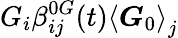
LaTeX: G_{i}\beta_{ij}^{0G}(t)\left\langle\boldsymbol{G}_{0}\right\rangle_{j}